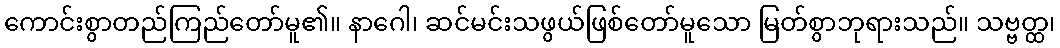
ကောင်းစွာတည်ကြည်တော်မူ၏။ နာဂေါ၊ ဆင်မင်းသဖွယ်ဖြစ်တော်မူသော မြတ်စွာဘုရားသည်။ သဗ္ဗတ္ထ၊